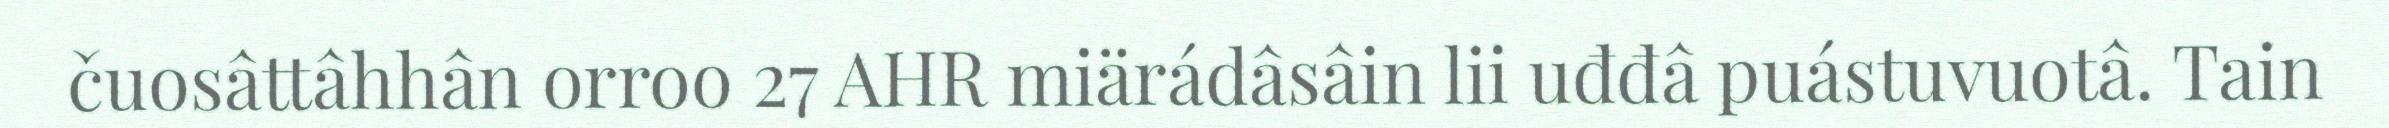
čuosâttâhhân orroo 27 AHR miärádâsâin lii uđđâ puástuvuotâ. Tain